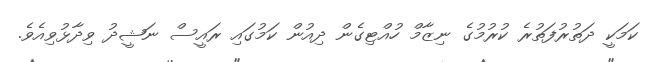
ކަމަކީ ދަތުރުފަތުރެ ކުރުމުގެ ނިޒާމް ހުއްޓިގެން ދިއުން ކަމުގައި ރައީސް ނަޝީދު ވިދާޅުވިއެވެ.